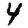
Digit: 4